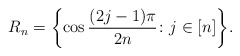
\begin{align*}R_n=\biggl\{\cos{(2j-1)\pi\over 2n}\colon j\in[n]\biggr\}.\end{align*}